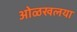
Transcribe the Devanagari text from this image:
ओळखलया